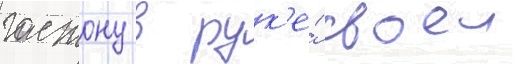
гастону в рук'е́ своеи